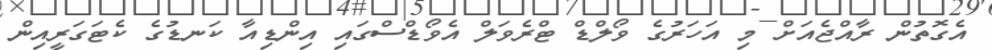
އެގޮތުން ރާއްޖެއަށް މި އަހަރުގެ ވޯލްޑް ޓްރެވަލް އެވޯޑްސްގައި އިންޑިއާ ކަނޑުގެ ކެޓަގަރީއިން